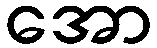
အော